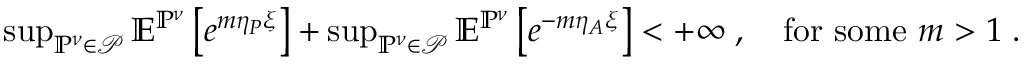
\begin{array} { r } { \operatorname* { s u p } _ { \mathbb { P } ^ { \nu } \in \mathcal { P } } \mathbb { E } ^ { \mathbb { P } ^ { \nu } } \left[ e ^ { m \eta _ { P } \xi } \right] + \operatorname* { s u p } _ { \mathbb { P } ^ { \nu } \in \mathcal { P } } \mathbb { E } ^ { \mathbb { P } ^ { \nu } } \left[ e ^ { - m \eta _ { A } \xi } \right] < + \infty \; , \quad \mathrm { f o r ~ s o m e ~ } m > 1 \; . } \end{array}